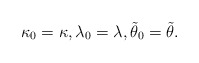
\begin{align*} \kappa_0=\kappa,\lambda_0=\lambda,\tilde\theta_0=\tilde\theta.\end{align*}